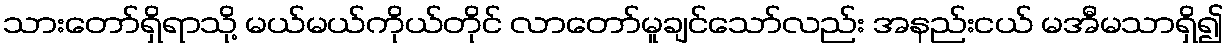
သားတော်ရှိရာသို့ မယ်မယ်ကိုယ်တိုင် လာတော်မူချင်သော်လည်း အနည်းငယ် မအီမသာရှိ၍